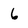
Character: 6